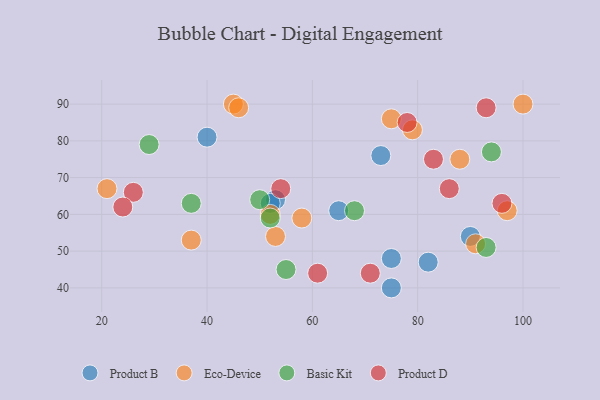
{"axis": {"x": "GDP", "y": "Life Expectancy"}, "legend": ["Basic Kit", "Eco-Device", "Product B", "Product D"], "data": [{"x": "73", "y": 76, "type": "Product B"}, {"x": "90", "y": 54, "type": "Product B"}, {"x": "65", "y": 61, "type": "Product B"}, {"x": "53", "y": 64, "type": "Product B"}, {"x": "52", "y": 63, "type": "Product B"}, {"x": "40", "y": 81, "type": "Product B"}, {"x": "82", "y": 47, "type": "Product B"}, {"x": "75", "y": 40, "type": "Product B"}, {"x": "75", "y": 48, "type": "Product B"}, {"x": "75", "y": 86, "type": "Eco-Device"}, {"x": "37", "y": 53, "type": "Eco-Device"}, {"x": "91", "y": 52, "type": "Eco-Device"}, {"x": "53", "y": 54, "type": "Eco-Device"}, {"x": "88", "y": 75, "type": "Eco-Device"}, {"x": "100", "y": 90, "type": "Eco-Device"}, {"x": "58", "y": 59, "type": "Eco-Device"}, {"x": "52", "y": 60, "type": "Eco-Device"}, {"x": "45", "y": 90, "type": "Eco-Device"}, {"x": "21", "y": 67, "type": "Eco-Device"}, {"x": "46", "y": 89, "type": "Eco-Device"}, {"x": "97", "y": 61, "type": "Eco-Device"}, {"x": "79", "y": 83, "type": "Eco-Device"}, {"x": "93", "y": 51, "type": "Basic Kit"}, {"x": "52", "y": 59, "type": "Basic Kit"}, {"x": "94", "y": 77, "type": "Basic Kit"}, {"x": "55", "y": 45, "type": "Basic Kit"}, {"x": "50", "y": 64, "type": "Basic Kit"}, {"x": "29", "y": 79, "type": "Basic Kit"}, {"x": "37", "y": 63, "type": "Basic Kit"}, {"x": "68", "y": 61, "type": "Basic Kit"}, {"x": "61", "y": 44, "type": "Product D"}, {"x": "78", "y": 85, "type": "Product D"}, {"x": "83", "y": 75, "type": "Product D"}, {"x": "54", "y": 67, "type": "Product D"}, {"x": "26", "y": 66, "type": "Product D"}, {"x": "86", "y": 67, "type": "Product D"}, {"x": "71", "y": 44, "type": "Product D"}, {"x": "24", "y": 62, "type": "Product D"}, {"x": "96", "y": 63, "type": "Product D"}, {"x": "93", "y": 89, "type": "Product D"}]}